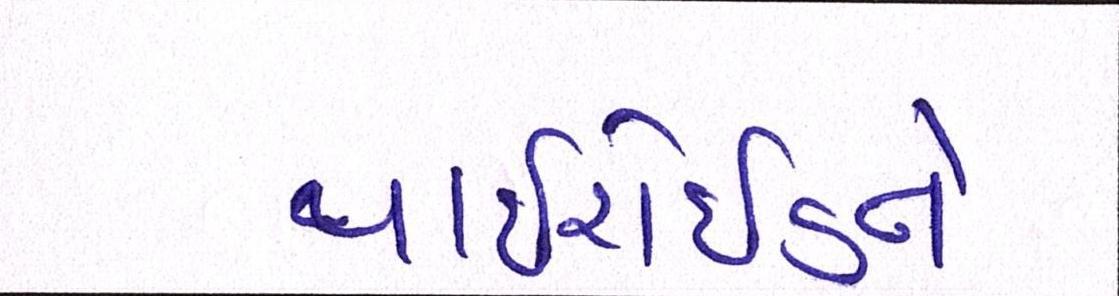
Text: થાઈરોઈડને